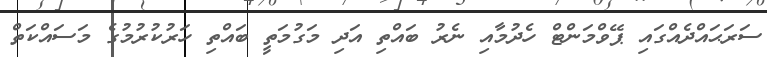
ސަރަޙައްދެއްގައި ޕޭވްމަންޓް ހެދުމާއި ނެރު ބައްތި އަދި މަގުމަތީ ބައްތި ހަރުކުރުމުގެ މަސައްކަތް